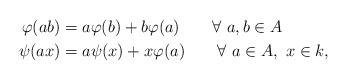
LaTeX: \begin{align*}\varphi(ab) &=a\varphi(b)+b\varphi(a)\qquad\forall\ a,b\in A\\\psi(ax) &=a\psi(x)+x\varphi(a)\qquad\forall\ a\in A,\ x\in k,\end{align*}